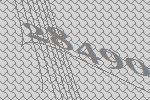
28490